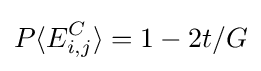
P\langle E_{i,j}^{C}\rangle =1-2t/G